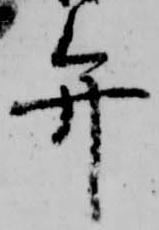
弁